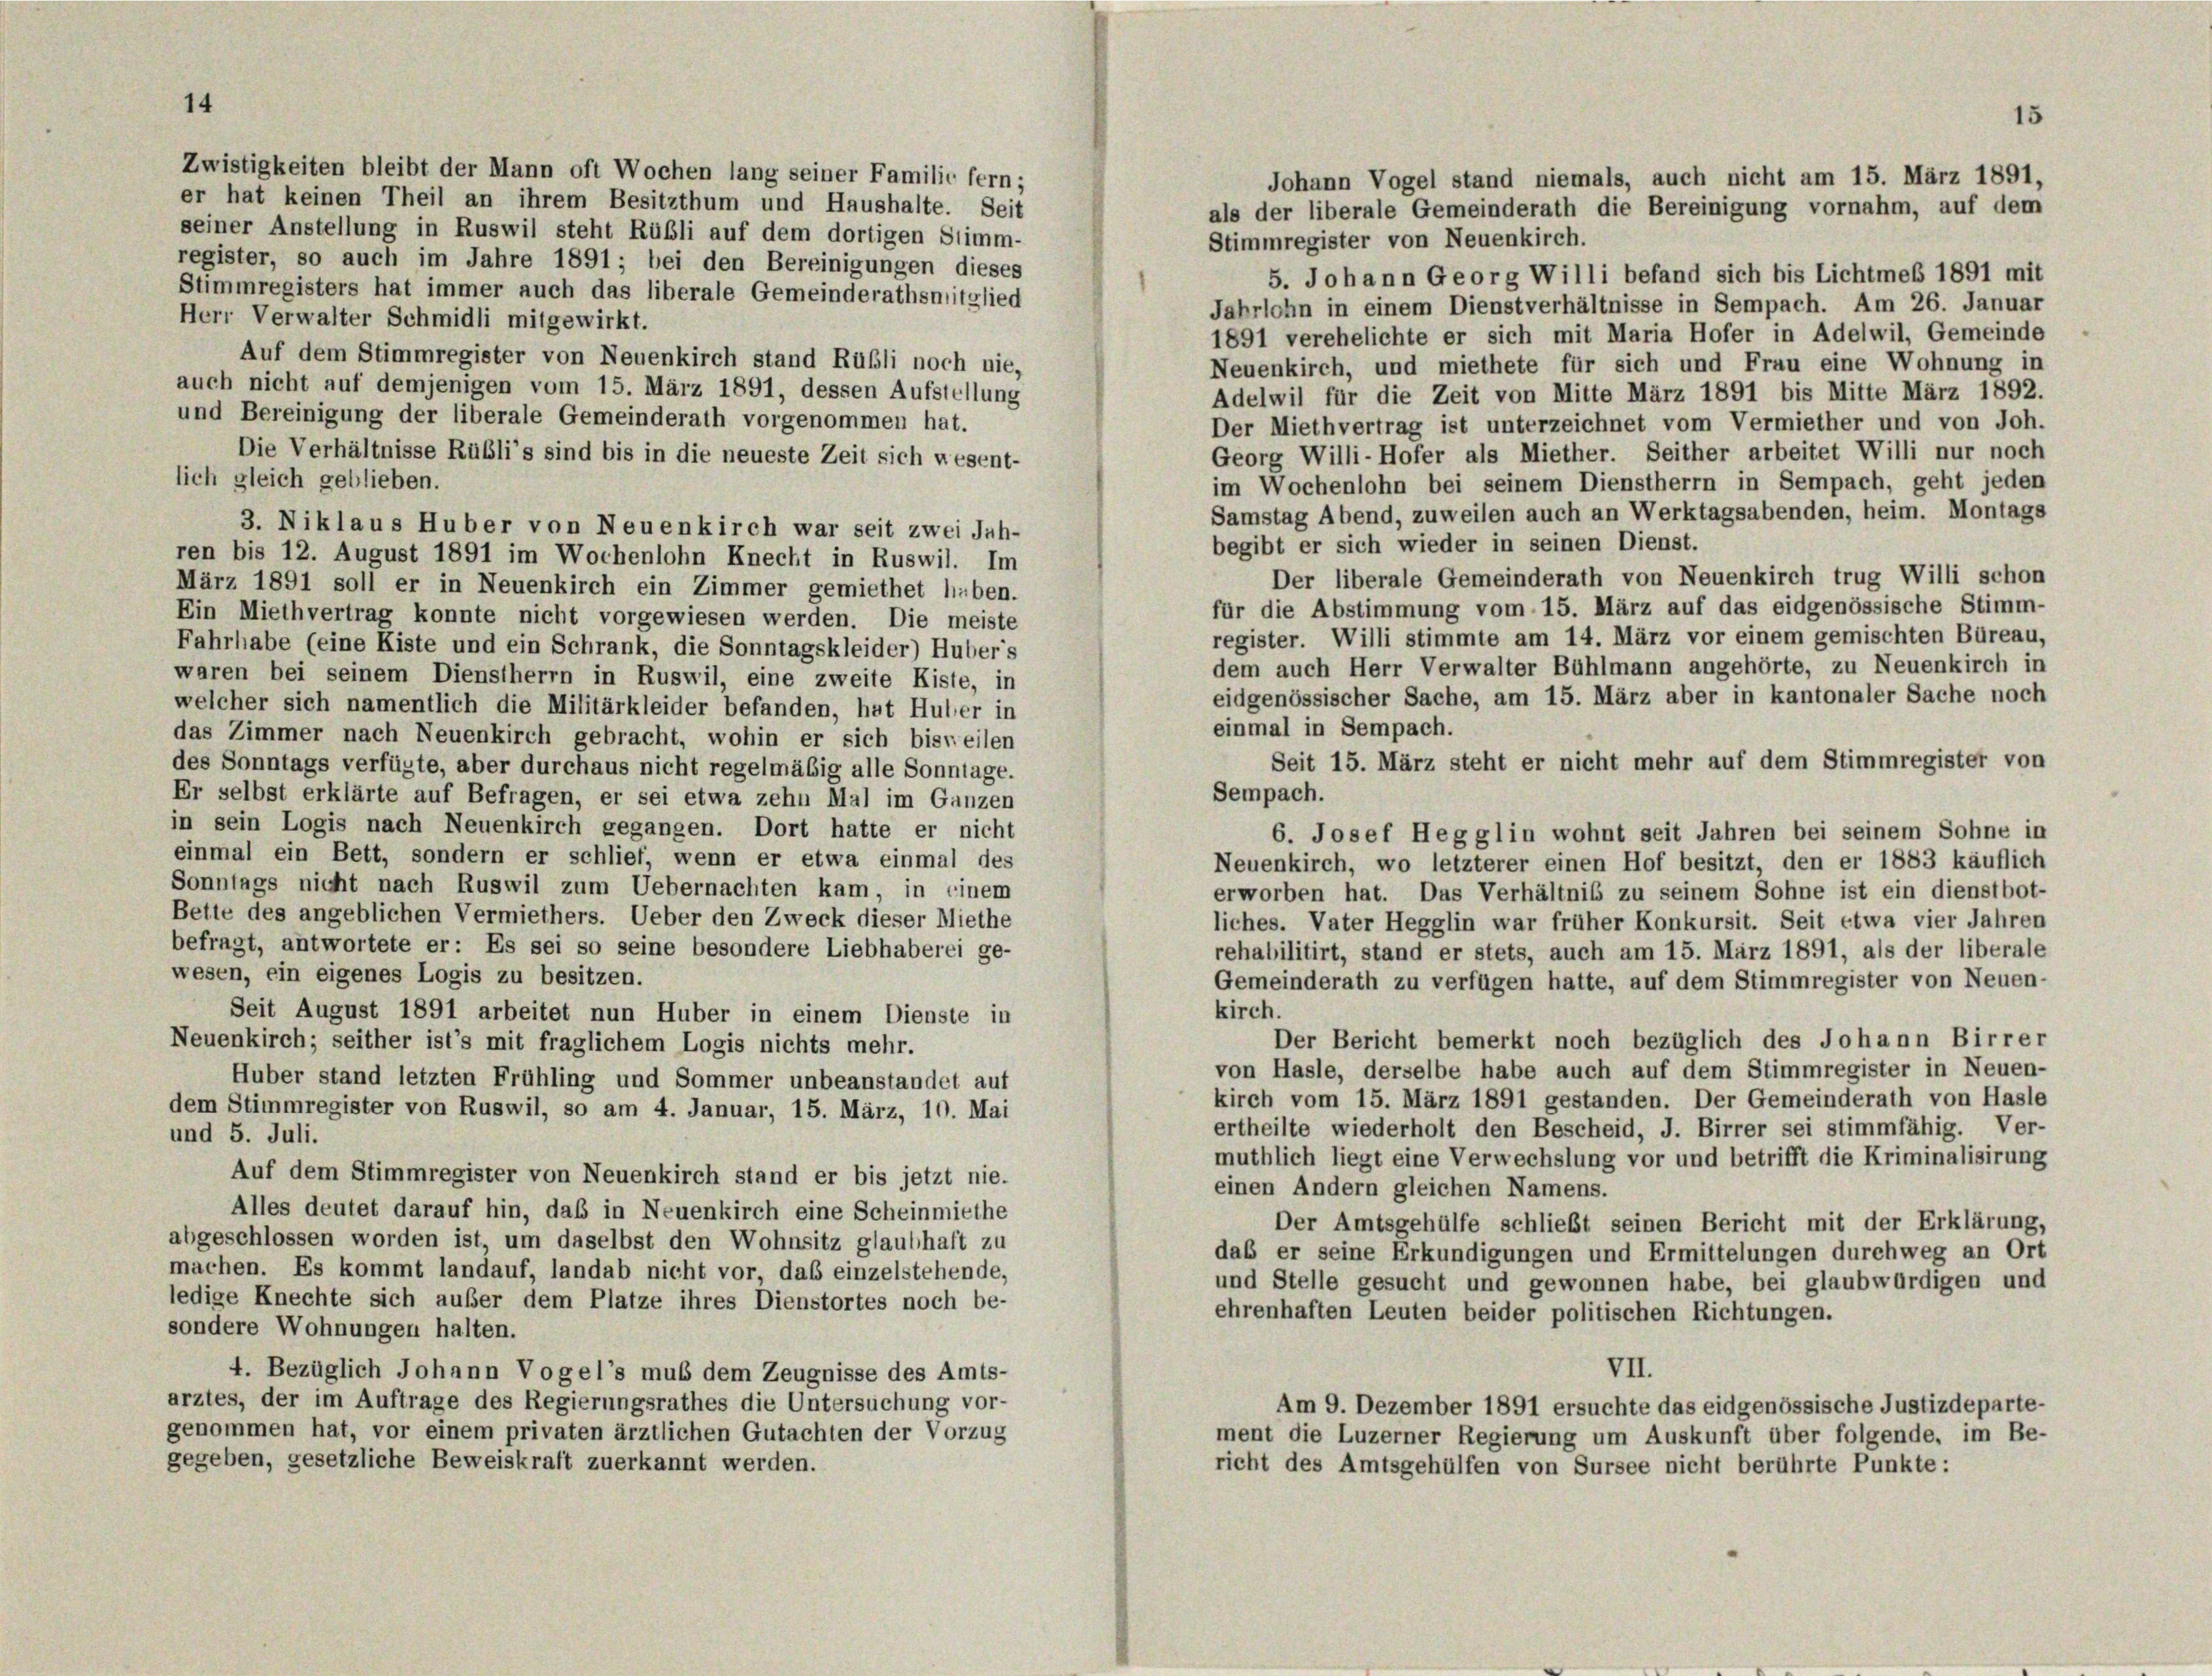
14
Zwistigkeiten bleibt der Mann oft Wochen lang seiner Familie fern;

Johann Vogel stand niemals, auch nicht am 15. März 1891.
er hat keinen Theil an ihrem Besitzthum und Haushalte. Seit
als der liberale Gemeinderath die Bereinigung vornahm, auf dem
seiner Anstellung in Ruswil steht Rübli auf dem dortigen Stimm-
Stimmregister von Neuenkirch.
register, so auch im Jahre 1891 ; bei den Bereinigungen dieses
5. Johann Georg Willi befand sich bis Lichtmeß 1891 mit
Stimmregisters hat immer auch das liberale Gemeinderathsmitglied
Jahrlohn in einem Dienstverhältnisse in Sempach. Am 26. Januar
Herr Verwalter Schmidli mitgewirkt.
1891 verehelichte er sich mit Maria Hofer in Adelwil, Gemeinde
Auf dem Stimmregister von Neuenkirch stand Rüßli noch nie,
Neuenkirch, und miethete für sich und Frau eine Wohnung in
auch nicht auf demjenigen vom 15. März 1891, dessen Aufstellung
Adelwil für die Zeit von Mitte März 1891 bis Mitte März 1892.
und Bereinigung der liberale Gemeinderath vorgenommen hat.
Der Miethvertrag ist unterzeichnet vom Vermiether und von Joh.
Die Verhältnisse Rübli’s sind bis in die neueste Zeit sich wesent-
Georg Willi-Hofer als Miether. Seither arbeitet Willi nur noch
lich gleich geblieben.
im Wochenlohn bei seinem Dienstherrn in Sempach, geht jeden
Samstag Abend, zuweilen auch an Werktagsabenden, heim. Montags
3. Niklaus Huber von Neuenkirch war seit zwei Jah-
begibt er sich wieder in seinen Dienst.
ren bis 12. August 1891 im Wochenlohn Knecht in Ruswil. Im
Der liberale Gemeinderath von Neuenkirch trug Willi schon
März 1891 soll er in Neuenkirch ein Zimmer gemiethet haben.
für die Abstimmung vom 15. März auf das eidgenössische Stimm-
Ein Miethvertrag konnte nicht vorgewiesen werden. Die meiste
register. Willi stimmte am 14. März vor einem gemischten Büreau,
Fahrhabe (eine Kiste und ein Schrank, die Sonntagskleider) Huber’s
dem auch Herr Verwalter Bühlmann angehörte, zu Neuenkirch in
waren bei seinem Dienstherrn in Ruswil, eine zweite Kiste, in
eidgenössischer Sache, am 15. März aber in kantonaler Sache noch
welcher sich namentlich die Militärkleider befanden, hat Huler in
einmal in Sempach.
das Zimmer nach Neuenkirch gebracht, wohin er sich bisweilen
Seit 15. März steht er nicht mehr auf dem Stimmregister von
des Sonntags verfügte, aber durchaus nicht regelmäßig alle Sonntage.
Sempach.
Er selbst erklärte auf Befragen, er sei etwa zehn Mal im Ganzen
in sein Logis nach Neuenkirch gegangen. Dort hatte er nicht
6. Josef Hegglin wohnt seit Jahren bei seinem Sohne in
einmal ein Bett, sondern er schlief, wenn er etwa einmal des
Neuenkirch, wo letzterer einen Hof besitzt, den er 1883 käuflich
Sonntags nicht nach Ruswil zum Uebernachten kam, in einem
erworben hat. Das Verhältnis zu seinem Sohne ist ein dienstbot-
Bette des angeblichen Vermiethers. Ueber den Zweck dieser Miethe
liches. Vater Hegglin war früher Konkursit. Seit etwa vier Jahren
befragt, antwortete er: Es sei so seine besondere Liebhaberei ge-
rehabilitirt, stand er stets, auch am 15. März 1891, als der liberale
wesen, ein eigenes Logis zu besitzen.
Gemeinderath zu verfügen hatte, auf dem Stimmregister von Neuen-
kirch.
Seit August 1891 arbeitet nun Huber in einem Dienste in
Der Bericht bemerkt noch bezüglich des Johann Birrer
Neuenkirch; seither ist’s mit fraglichem Logis nichts mehr.
von Hasle, derselbe habe auch auf dem Stimmregister in Neuen-
Huber stand letzten Frühling und Sommer unbeanstandet auf
kirch vom 15. März 1891 gestanden. Der Gemeinderath von Hasle
dem Stimmregister von Ruswil, so am 4. Januar, 15. März, 10. Mai
ertheilte wiederholt den Bescheid, J. Birrer sei stimmfähig. Ver-
und 5. Juli.
muthlich liegt eine Verwechslung vor und betrifft die Kriminalisirung
Auf dem Stimmregister von Neuenkirch stand er bis jetzt nie-
einen Andern gleichen Namens.
Alles deutet darauf hin, daß in Neuenkirch eine Scheinmiethe
Der Amtsgehülfe schließt seinen Bericht mit der Erklärung,
abgeschlossen worden ist, um daselbst den Wohnsitz glaubhaft zu
daß er seine Erkundigungen und Ermittelungen durchweg an Ort
machen. Es kommt landauf, landab nicht vor, das einzelstehende,
und Stelle gesucht und gewonnen habe, bei glaubwürdigen und
ledige Knechte sich außer dem Platze ihres Dienstortes noch be-
ehrenhaften Leuten beider politischen Richtungen.
sondere Wohnungen halten.
VII.
4. Bezüglich Johann Vogel’s muß dem Zeugnisse des Amts-
arztes, der im Auftrage des Regierungsrathes die Untersuchung vor-
Am 9. Dezember 1891 ersuchte das eidgenössische Justizdeparte-
genommen hat, vor einem privaten ärztlichen Gutachten der Vorzug
ment die Luzerner Regierung um Auskunft über folgende, im Be-
gegeben, gesetzliche Beweiskraft zuerkannt werden.
richt des Amtsgehülfen von Sursee nicht berührte Punkte:

15